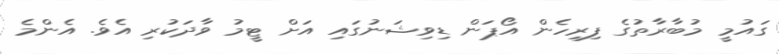
ގައުމީ މުބާރާތުގެ ފިރިހެން އޯޕަން ޑިވިޝަނުގައި އަށް ޓީމު ވާދަކުރި އެވެ. އެންމެ